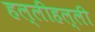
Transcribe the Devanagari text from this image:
हल्लीहल्ली